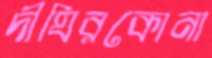
দীঘিরকোনা